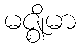
မဇ္ဈိမာ